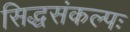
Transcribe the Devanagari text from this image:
सिद्धसंकल्पः